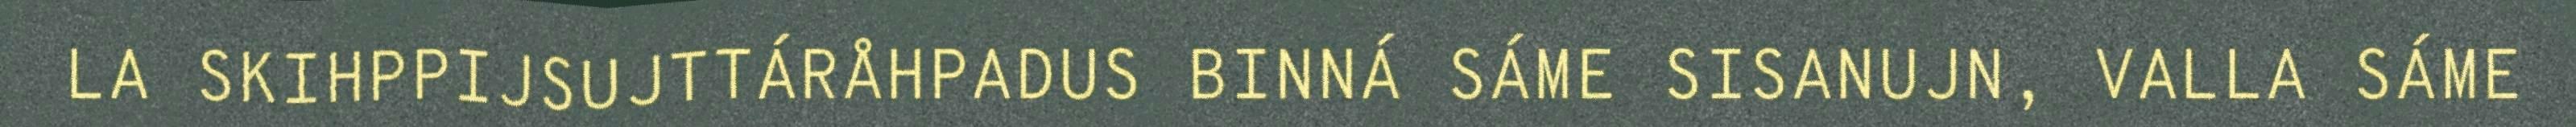
LA SKIHPPIJSUJTTÁRÅHPADUS BINNÁ SÁME SISANUJN, VALLA SÁME